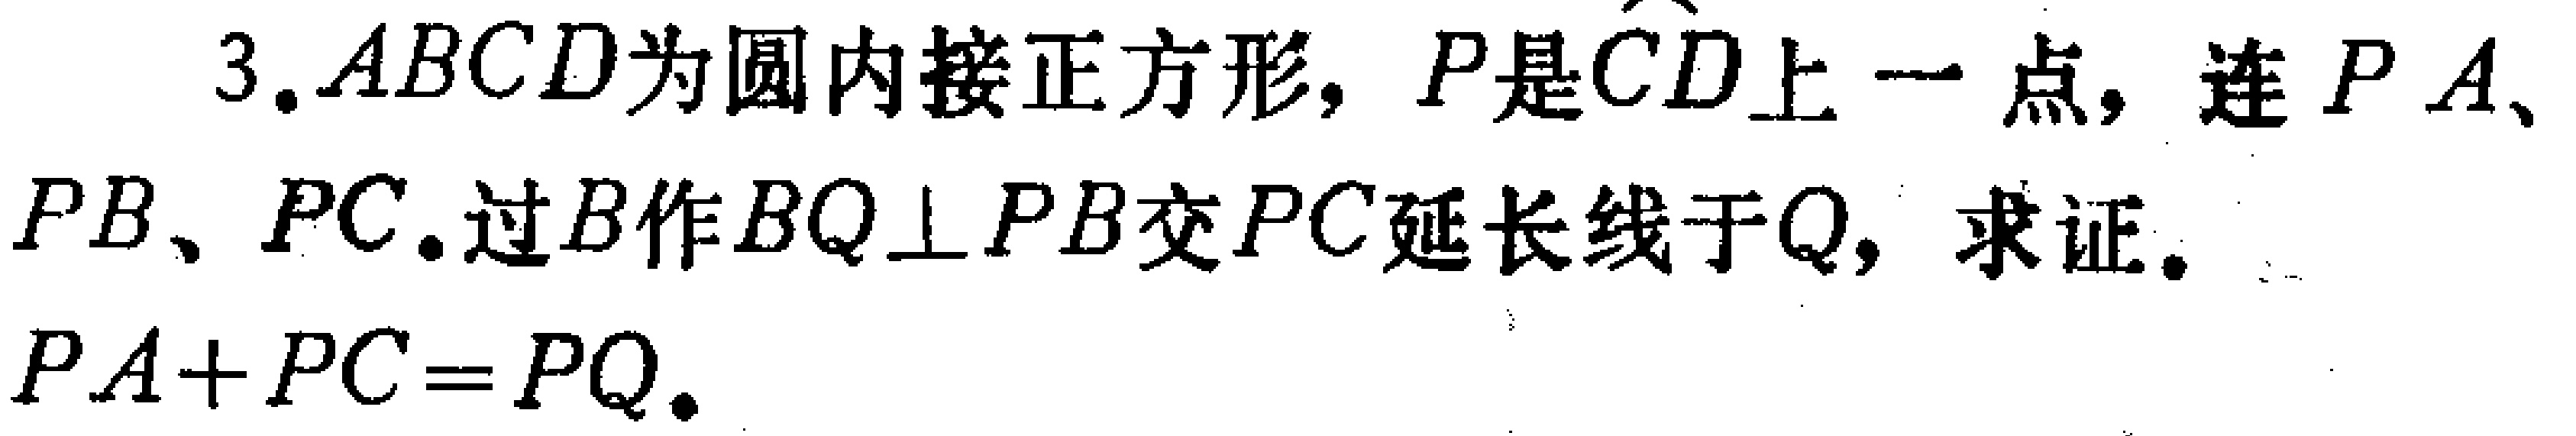
3. \(ABCD\)为圆内接正方形，\(P\)是\(\overset{\frown}{CD}\)上一点，连\(PA\)、\(PB\)、\(PC\).过\(B\)作\(BQ\perp PB\)交\(PC\)延长线于\(Q\)，求证.
\(PA + PC = PQ\).